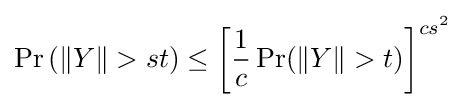
\Pr \left(\|Y\|>st\right)\leq \left[{\frac {1}{c}}\Pr(\|Y\|>t)\right]^{cs^{2}}